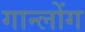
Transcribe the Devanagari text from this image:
गान्लोंग